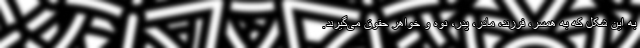
به این شکل که به همسر، فرزند، مادر، پدر، نوه و خواهر حقوق می‌گیرند.